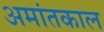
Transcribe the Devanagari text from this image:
अमांतकाल